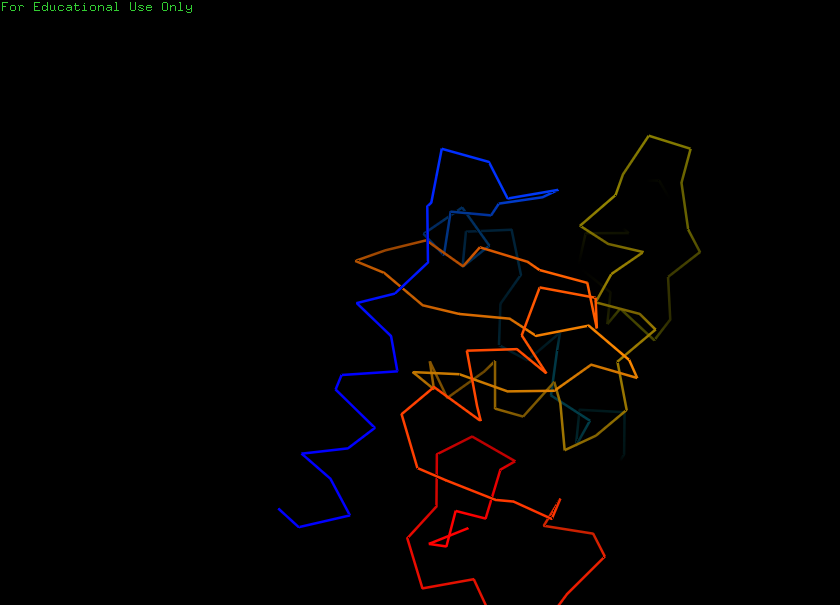
pymol, preset, ligand_sites_dots